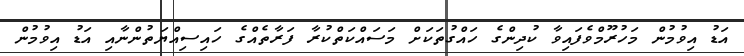
އަޑު އިވުމުން މަހުރޫމްވެފައިވާ ކުދިންގެ ހައްގުތަކަށް މަސައްކަތްކުރާ ފަރާތެއްގެ ހައިސިއްޔަތުންނާއި އަޑު އިވުމުން